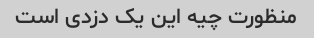
منظورت چیه این یک دزدی است